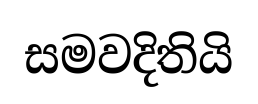
සමවදිතියි